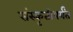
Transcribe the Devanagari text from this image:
संस्कृतीपर्यंत